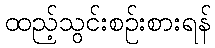
ထည့်သွင်းစဉ်းစားရန်